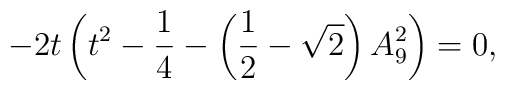
-2t\left(t^2-\frac{1}{4}-\left(\frac{1}{2}-\sqrt{2}\right)A_9^2\right)=0,